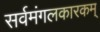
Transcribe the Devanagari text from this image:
सर्वमंगलकारकम्